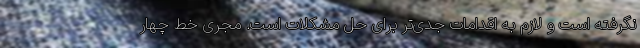
نگرفته است و لازم به اقدامات جدی‌تر برای حل مشکلات است. مجری خط چهار